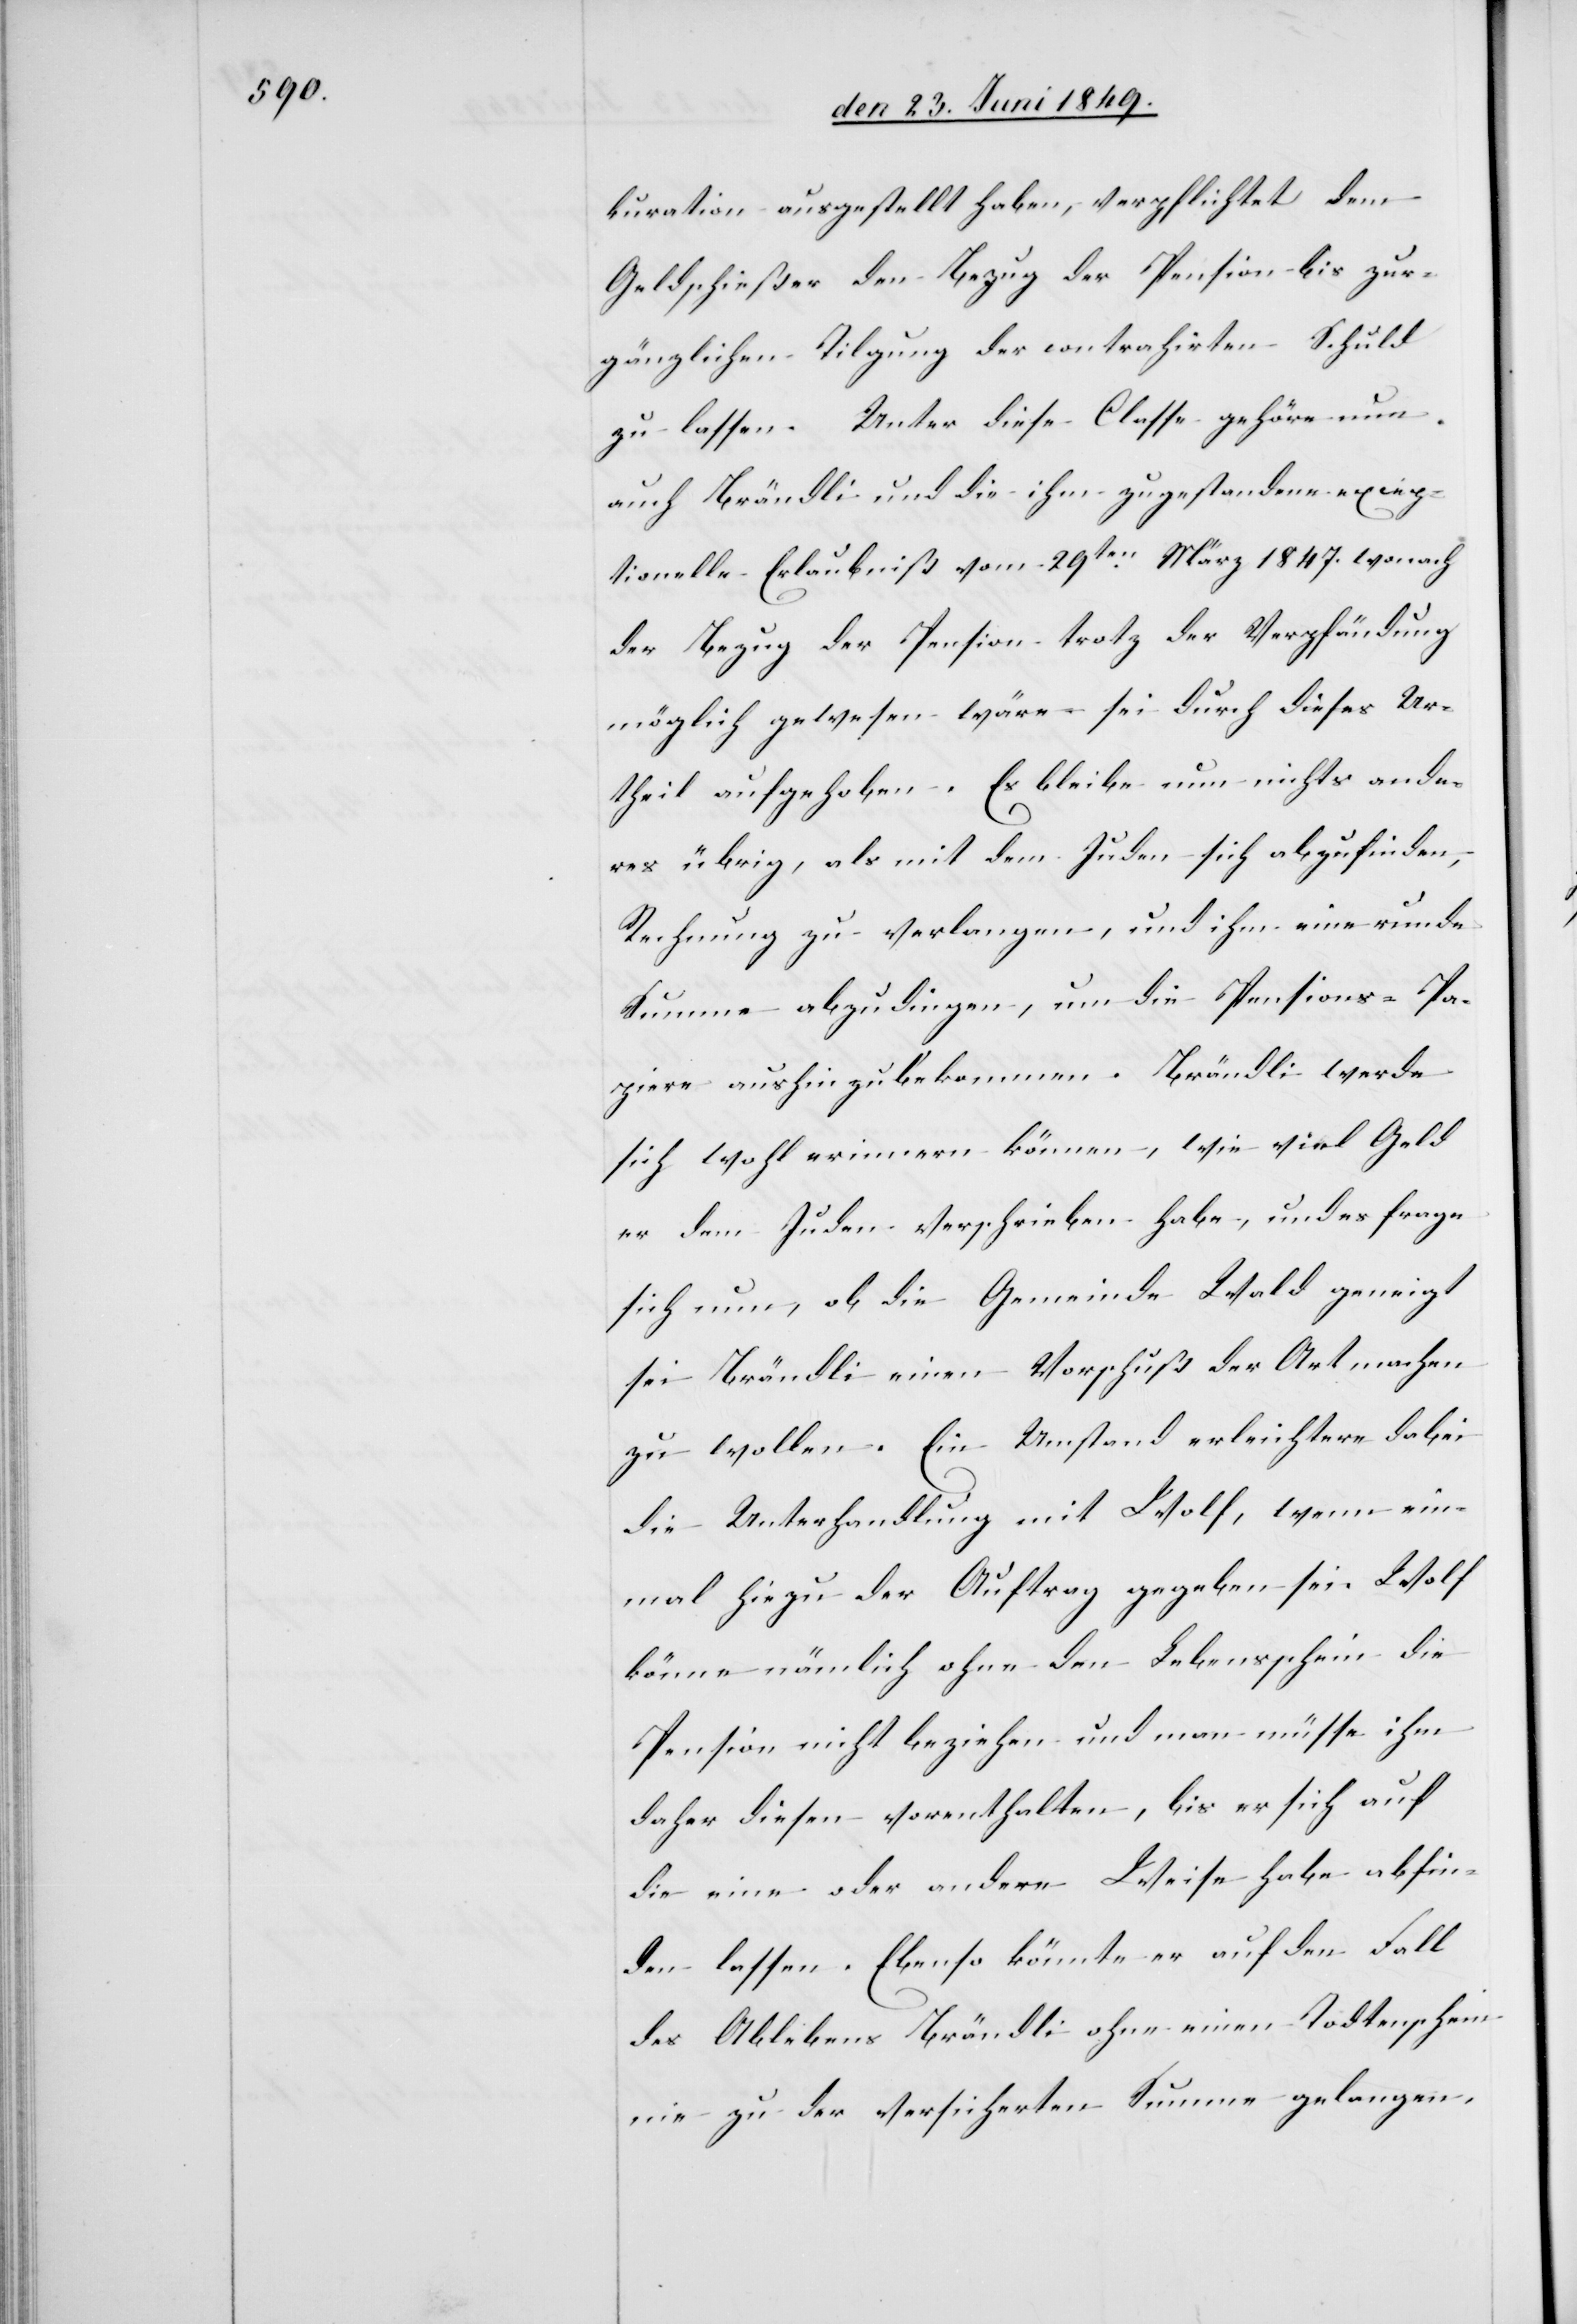
kuration ausgestellt haben, verpflichtet dem
Geldschießer den Bezug der Pension bis zur
gänzlichen Tilgung der contrahirten Schuld
zu lassen. Unter diese Classe gehöre nun
auch Brändli und die ihm zugestandene excep¬
tionelle Erlaubniß vom 29ten März 1847. wonach
der Bezug der Pension trotz der Verpfändung
möglich gewesen wäre sei durch dieses Ur¬
theil aufgehoben. Es bleibe nun nichts ande¬
res übrig, als mit dem Juden sich abzufinden,
Rechnung zu verlangen, und ihm eine runde
Summe abzudingen, um die Pensions-Pa¬
piere aushin zu bekommen. Brändli werde
sich wohl erinnern können, wie viel Geld
er dem Juden verschrieben habe, und es frage
sich nun, ob die Gemeinde Wald geneigt
sei Brändli einen Vorschuß der Art machen
zu wollen. Ein Umstand erleichtere dabei
die Unterhandlung mit Wolf, wenn ein¬
mal hiezu der Auftrag gegeben sei. Wolf
könne nämlich ohne den Lebensschein die
Pension nicht beziehen und man müsse ihm
daher diesen vorenthalten, bis er sich auf
die eine oder andere Weise habe abfin¬
den lassen. Ebenso könnte er auf den Fall
des Ablebens Brändli ohne einen Todtenschein
nie zu der versicherten Summe gelangen.